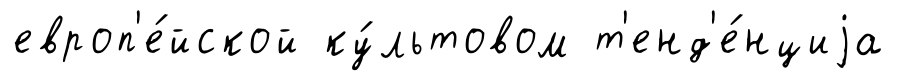
европ'е́йской ку́льтовом т'енд'е́нциjа